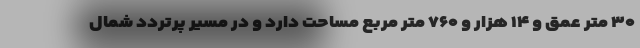
۳۰ متر عمق و ۱۴ هزار و ۷۶۰ متر مربع مساحت دارد و در مسیر پرتردد شمال